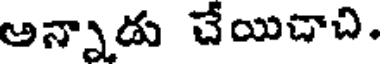
అన్నాడు చేయిచాచి.